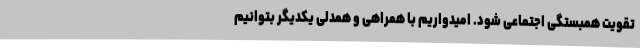
تقویت همبستگی اجتماعی شود. امیدواریم با همراهی و همدلی یکدیگر بتوانیم